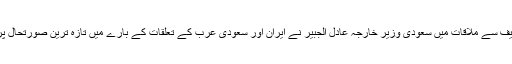
وزیر اعظم نواز شریف سے ملاقات میں سعودی وزیر خارجہ عادل الجبیر نے ایران اور سعودی عرب کے تعلقات کے بارے میں تازہ ترین صورتحال پر بات چیت کی تھی۔